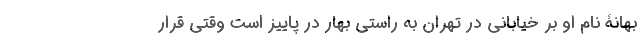
بهانۀ نام او بر خیابانی در تهران به راستی بهار در پاییز است وقتی قرار